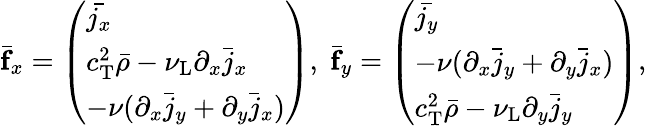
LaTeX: \begin{array}{r}{\bar{\mathbf{f}}_{x}=\left(\begin{array}{l}{\bar{j_{x}}}\\ {c_{\mathrm{T}}^{2}\bar{\rho}-\nu_{\mathrm{L}}\partial_{x}\bar{j}_{x}}\\ {-\nu(\partial_{x}\bar{j}_{y}+\partial_{y}\bar{j}_{x})}\end{array}\right),\; \bar{\mathbf{f}}_{y}=\left(\begin{array}{l}{\bar{j_{y}}}\\ {-\nu(\partial_{x}\bar{j}_{y}+\partial_{y}\bar{j}_{x})}\\ {c_{\mathrm{T}}^{2}\bar{\rho}-\nu_{\mathrm{L}}\partial_{y}\bar{j}_{y}}\end{array}\right),}\end{array}